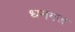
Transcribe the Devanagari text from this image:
धनगज